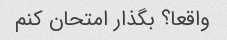
واقعا؟ بگذار امتحان کنم